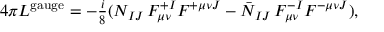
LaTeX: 4 \pi { \cal L } ^ { \mathrm { g a u g e } } = - { \textstyle { \frac { i } { 8 } } } ( { \cal N } _ { I J } \, F _ { \mu \nu } ^ { + I } F ^ { + \mu \nu J } - \bar { \cal N } _ { I J } \, F _ { \mu \nu } ^ { - I } F ^ { - \mu \nu J } ) ,